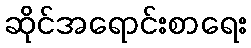
ဆိုင်အရောင်းစာရေး